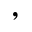
,